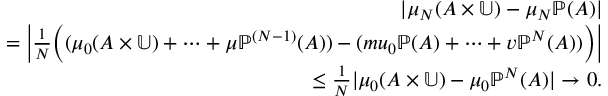
\begin{array} { r l r } & { } & { | \mu _ { N } ( A \times \mathbb { U } ) - \mu _ { N } \mathbb { P } ( A ) | } \\ & { } & { = \bigg | { \frac { 1 } { N } } \bigg ( ( \mu _ { 0 } ( A \times \mathbb { U } ) + \cdots + \mu \mathbb { P } ^ { ( N - 1 ) } ( A ) ) - ( m u _ { 0 } \mathbb { P } ( A ) + \cdots + v \mathbb { P } ^ { N } ( A ) ) \bigg ) \bigg | } \\ & { } & { \leq { \frac { 1 } { N } } | \mu _ { 0 } ( A \times \mathbb { U } ) - \mu _ { 0 } \mathbb { P } ^ { N } ( A ) | \to 0 . } \end{array}